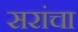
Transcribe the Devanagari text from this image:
सरांचा